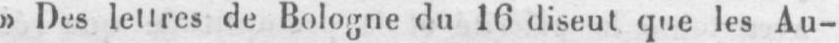
»Des lettres de Bologne du 16 diseut que les Au-